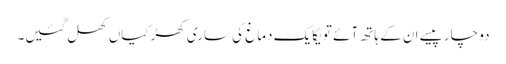
دو چار پیسے ان کے ہاتھ آئے تو یکایک دماغ کی ساری کھڑکیاں کھل گئیں۔